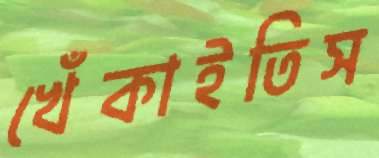
খেঁকাইতিস